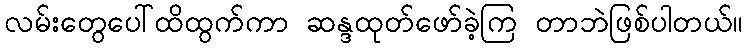
လမ်းတွေပေါ်ထိထွက်ကာ ဆန္ဒထုတ်ဖော်ခဲ့ကြ တာဘဲဖြစ်ပါတယ်။